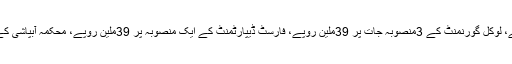
ڈی سی او نے بتایا کہ رواں مالی سال کے دوران ضلعی حکومت کے 20ترقیاتی منصوبہ جات پر 563ملین روپے، لوکل گورنمنٹ کے 3منصوبہ جات پر 39ملین روپے، فارسٹ ڈیپارٹمنٹ کے ایک منصوبہ پر 39ملین روپے، محکمہ آبپاشی کے ایک منصوبہ پر 60ملین روپے اور اوقاف ڈیپارٹمنٹ کے ایک منصوبہ پر 17ملین روپے خرچ کئے جائیں گے۔